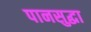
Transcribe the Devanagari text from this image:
पानसुद्धा